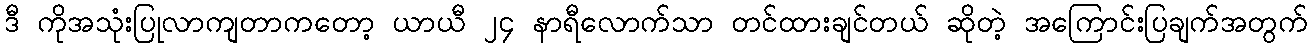
ဒီ ကိုအသုံးပြုလာကျတာကတော့ ယာယီ ၂၄ နာရီလောက်သာ တင်ထားချင်တယ် ဆိုတဲ့ အကြောင်းပြချက်အတွက်